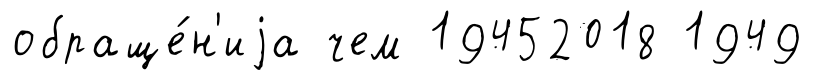
обраще́н'иjа чем 19452018 1949